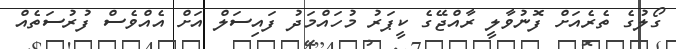
ގޯލުގެ ތެރެއަށް ފޮނުވާލީ ރާއްޖޭގެ ކީޕަރު މުހައްމަދު ފައިސަލް އަށް އެއްވެސް ފުރުސަތެއް